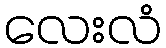
လေးလံ